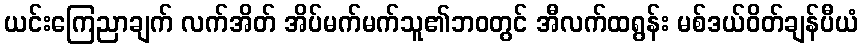
ယင်းကြေညာချက် လက်အိတ် အိပ်မက်မက်သူ၏ဘ၀တွင် အီလက်ထရွန်း မစ်ဒယ်ဝိတ်ချန်ပီယံ